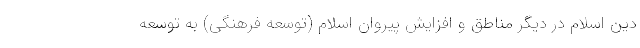
دین اسلام در دیگر مناطق و افزایش پیروان اسلام (توسعه فرهنگی) به توسعه